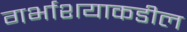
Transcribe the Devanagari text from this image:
गर्भाशयाकडील